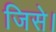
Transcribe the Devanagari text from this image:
जिसे।